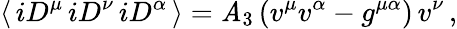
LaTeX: \langle\, iD^{\mu}\, iD^{\nu}\, iD^{\alpha}\, \rangle=\mathit{A}_{3}\, (v^{\mu}v^{\alpha}-g^{\mu\alpha})\, v^{\nu}\, ,